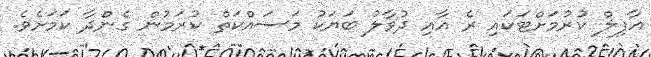
ޣާފިލް ކުރުމަށްޓަކައި ރެ އާއި ދުވާލު ބަޔަކު މަސައްކަތް ކުރަމުން ގެންދާ ކަމަށެވެ.